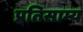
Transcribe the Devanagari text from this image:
प्रतिसाम्य